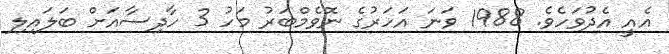
އެއީ އެދުވަހެވެ. 1988 ވަނަ އަހަރުގެ ނޮވެމްބަރު މަހު 3 ހާދިސާއަށް ބަލައިލި